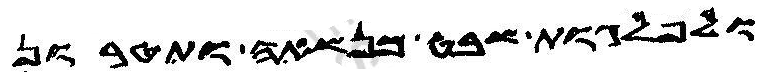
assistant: ולפלגות שבט מנשאה ותטרון